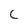
Character: C